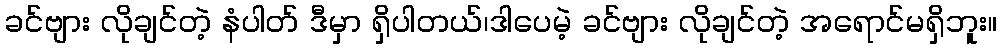
ခင်ဗျား လိုချင်တဲ့ နံပါတ် ဒီမှာ ရှိပါတယ်၊ဒါပေမဲ့ ခင်ဗျား လိုချင်တဲ့ အရောင်မရှိဘူး။